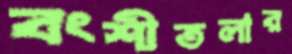
বংশীতলার